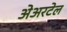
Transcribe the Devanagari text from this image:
अेअरटेल